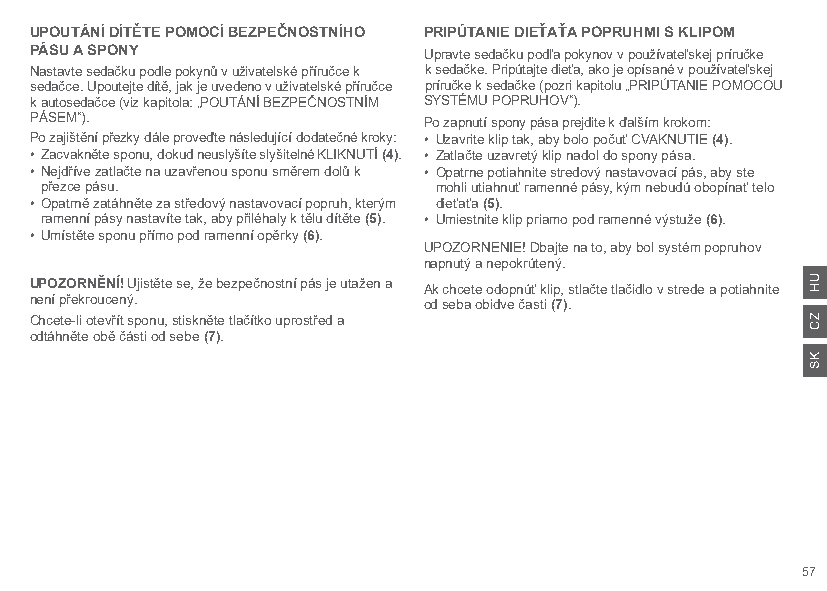
UPOUTÁNÍ DÍTĚTE POMOCÍ BEZPEČNOSTNÍHO PRIPÚTANIE DIEŤAŤA POPRUHMI S KLIPOM
 PÁSU A SPONY              Upravte sedačku podľa pokynov v používateľskej príručke
 Nastavte sedačku podle pokynů v uživatelské příručce k k sedačke. Pripútajte dieťa, ako je opísané v používateľskej
 sedačce. Upoutejte dítě, jak je uvedeno v uživatelské příručce príručke k sedačke (pozri kapitolu „PRIPÚTANIE POMOCOU
 k autosedačce (viz kapitola: „POUTÁNÍ BEZPEČNOSTNÍM SYSTÉMU POPRUHOV“).
 PÁSEM“).                  Po zapnutí spony pása prejdite k ďalším krokom:
 Po zajištění přezky dále proveďte následující dodatečné kroky: • Uzavrite klip tak, aby bolo počuť CVAKNUTIE (4).
 • Zacvakněte sponu, dokud neuslyšíte slyšitelné KLIKNUTÍ (4). • Zatlačte uzavretý klip nadol do spony pása.
 • Nejdříve zatlačte na uzavřenou sponu směrem dolů k • Opatrne potiahnite stredový nastavovací pás, aby ste
 přezce pásu.              mohli utiahnuť ramenné pásy, kým nebudú obopínať telo
 • Opatrně zatáhněte za středový nastavovací popruh, kterým dieťaťa (5).
 ramenní pásy nastavíte tak, aby přiléhaly k tělu dítěte (5). • Umiestnite klip priamo pod ramenné výstuže (6).
 • Umístěte sponu přímo pod ramenní opěrky (6).
 UPOZORNENIE! Dbajte na to, aby bol systém popruhov
 napnutý a nepokrútený.
 UPOZORNĚNÍ! Ujistěte se, že bezpečnostní pás je utažen a Ak chcete odopnúť klip, stlačte tlačidlo v strede a potiahnite
 není překroucený.         od seba obidve časti (7).
 Chcete-li otevřít sponu, stiskněte tlačítko uprostřed a
 odtáhněte obě části od sebe (7).
 57
 UH
 ZC
 KS